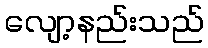
လျော့နည်းသည်